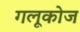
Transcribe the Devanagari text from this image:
गलूकोज